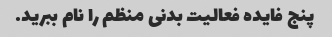
پنج فایده فعالیت بدنی منظم را نام ببرید.